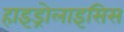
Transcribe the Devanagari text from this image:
हाइड्रोलाइसिस